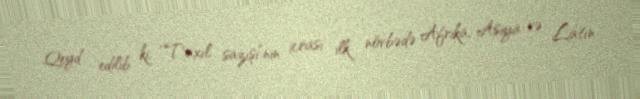
Qeyd edilib ki, “Taxıl sazışi”nin icrası ilk növbədə Afrika, Asiya və Latın